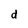
Character: d